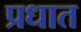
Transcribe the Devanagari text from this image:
प्रधात